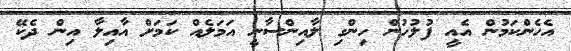
އެހެންކަމުން އެއީ ފުލުހުން ހިންގި ލާއިންސާނީ އަމަލެއް ކަމަށް އާއިލާ އިން ދެކޭ